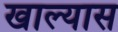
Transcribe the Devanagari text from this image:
खाल्यास